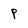
Character: P